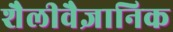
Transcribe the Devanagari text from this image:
शैलीवैज्ञानिक